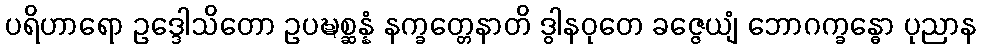
ပရိဟာရော ဥဒ္ဒေါသိတော ဥပဍ္ဎစ္ဆန္နံ နက္ခတ္တေနာတိ ဒွါနဝုတေ ခဇ္ဇေယျံ ဘောဂက္ခန္ဓော ပုညာန